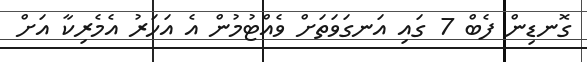
ގޮނޑިން ފެބް 7 ގައި އަނގަވަތަށް ވެއްޓުމުން އެ އަހަރު އެމެރިކާ އަށް